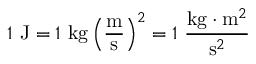
1 \ \mathrm { J } = 1 \ \mathrm { k g } \left( { \frac { \mathrm { m } } { \mathrm { s } } } \right) ^ { 2 } = 1 \ { \frac { \mathrm { k g } \cdot \mathrm { m } ^ { 2 } } { \mathrm { s } ^ { 2 } } }